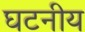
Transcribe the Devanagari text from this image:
घटनीय